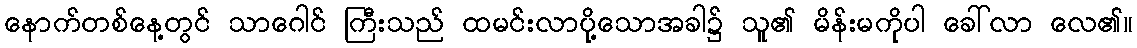
နောက်တစ်နေ့တွင် သာဂေါင် ကြီးသည် ထမင်းလာပို့သောအခါ၌ သူ၏ မိန်းမကိုပါ ခေါ်လာ လေ၏။